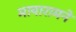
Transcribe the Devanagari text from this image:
मायारामने